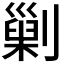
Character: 𠟾